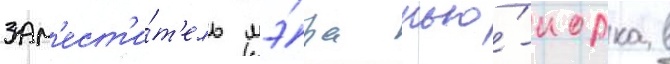
зам'ест'и́т'ель мэ́ра нью́-иорка в